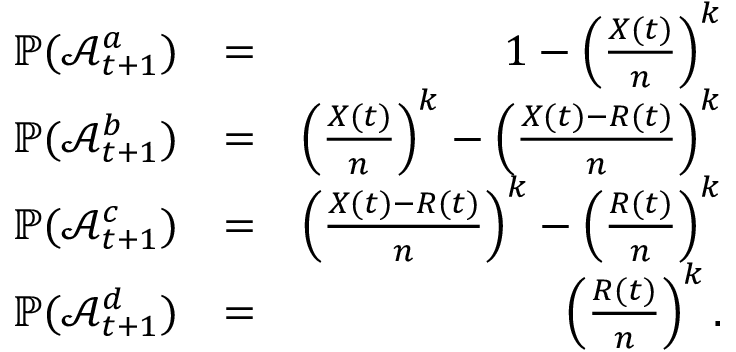
\begin{array} { r l r } { \mathbb { P } ( \mathcal { A } _ { t + 1 } ^ { a } ) } & { = } & { 1 - \left( \frac { X ( t ) } { n } \right) ^ { k } } \\ { \mathbb { P } ( \mathcal { A } _ { t + 1 } ^ { b } ) } & { = } & { \left( \frac { X ( t ) } { n } \right) ^ { k } - \left( \frac { X ( t ) - R ( t ) } { n } \right) ^ { k } } \\ { \mathbb { P } ( \mathcal { A } _ { t + 1 } ^ { c } ) } & { = } & { \left( \frac { X ( t ) - R ( t ) } { n } \right) ^ { k } - \left( \frac { R ( t ) } { n } \right) ^ { k } } \\ { \mathbb { P } ( \mathcal { A } _ { t + 1 } ^ { d } ) } & { = } & { \left( \frac { R ( t ) } { n } \right) ^ { k } . } \end{array}